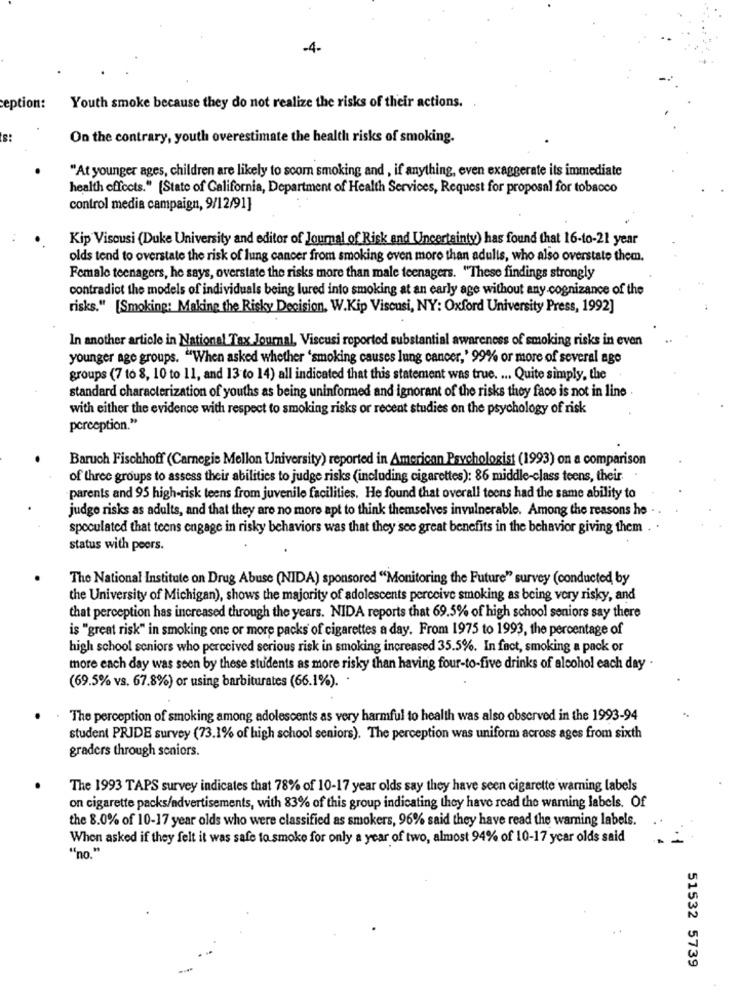
-4-
eption:
Youth smoke because they do not realize the risks of their actions.
On the contrary, youth overestimate the health risks of smoking.
"At younger ages, children are likely to scom smoking and , if anything, even exaggerate its immediate
health effects." [State of California, Department of Health Services, Request for proposal for tobacco
control media campaign, 9/12/91]
Kip Viscusi (Duke University and editor of Journal of Risk and Uncertainty) has found that 16-to-21 year
olds tend to overstate the risk of lung cancer from smoking even more than adulis, who also overstate them.
Female teenagers, he says, overstate the risks more than male teenagers. "These findings strongly
contradict the models of individuals being lured into smoking at an early age without any cognizance of the
risks." [Smoking: Making the Risky Decision, W.Kip Viscusi, NY: Oxford University Press, 1992]
In another article in National Tax Journal, Viscusi reported substantial awareness of smoking risks in even
younger age groups. "When asked whether 'smoking causes lung cancer,' 99% or more of several ago
groups (7 to 8, 10 to 11, and 13 to 14) all indicated that this statement was true. ... Quite simply, the
standard characterization of youths as being uninformed and ignorant of the risks they face is not in line
with either the evidence with respect to smoking risks or recent studies on the psychology of risk
perception."
Baruch Fischhoff (Carnegie Mellon University) reported in American Psychologist (1993) on a comparison
of three groups to assess their abilities to judge risks (including cigarettes): 86 middle-class teens, their
parents and 95 high-risk teens from juvenile facilities. He found that overall teens had the same ability to
judge risks as adults, and that they are no more apt to think themselves invulnerable. Among the reasons he
spoculated that teens engage in risky behaviors was that they see great benefits in the behavior giving them .
status with peers.
The National Institute on Drug Abuse (NIDA) sponsored "Monitoring the Future" survey (conducted by
the University of Michigan), shows the majority of adolescents perceive smoking as being very risky, and
that perception has increased through the years. NIDA reports that 69.5% of high school seniors say there
is "great risk" in smoking one or more packs of cigarettes a day. From 1975 to 1993, the percentage of
high school seniors who perceived serious risk in smoking increased 35.5%. In fact, smoking a pack or
more each day was seen by these students as more risky than having four-to-five drinks of alcohol each day
(69.5% vs. 67.8%) or using barbiturates (66.1%).
. The perception of smoking among adolescents as very harmful to health was also observed in the 1993-94
student PRIDE survey (73.1% of high school seniors). The perception was uniform across ages from sixth
graders through seniors.
The 1993 TAPS survey indicates that 78% of 10-17 year olds say they have seen cigarette warning labels
on cigarette packs/advertisements, with 83% of this group indicating they have read the warning labels. Of
the 8.0% of 10-17 year olds who were classified as smokers, 96% said they have read the warning labels.
When asked if they felt it was safe to smoke for only a year of two, almost 94% of 10-17 year olds said
"no."
51532 5739